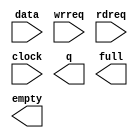
// megafunction wizard: %FIFO%VBB%
// GENERATION: STANDARD
// VERSION: WM1.0
// MODULE: scfifo 

// ============================================================
// Megafunction Name(s):
// 			scfifo
// ============================================================
// ************************************************************
// THIS IS A WIZARD-GENERATED FILE. DO NOT EDIT THIS FILE!
//
// 4.2 Build 178 01/19/2005 SP 1 SJ Web Edition
// ************************************************************

//Copyright (C) 1991-2005 Altera Corporation
//Any  megafunction  design,  and related netlist (encrypted  or  decrypted),
//support information,  device programming or simulation file,  and any other
//associated  documentation or information  provided by  Altera  or a partner
//under  Altera's   Megafunction   Partnership   Program  may  be  used  only
//to program  PLD  devices (but not masked  PLD  devices) from  Altera.   Any
//other  use  of such  megafunction  design,  netlist,  support  information,
//device programming or simulation file,  or any other  related documentation
//or information  is prohibited  for  any  other purpose,  including, but not
//limited to  modification,  reverse engineering,  de-compiling, or use  with
//any other  silicon devices,  unless such use is  explicitly  licensed under
//a separate agreement with  Altera  or a megafunction partner.  Title to the
//intellectual property,  including patents,  copyrights,  trademarks,  trade
//secrets,  or maskworks,  embodied in any such megafunction design, netlist,
//support  information,  device programming or simulation file,  or any other
//related documentation or information provided by  Altera  or a megafunction
//partner, remains with Altera, the megafunction partner, or their respective
//licensors. No other licenses, including any licenses needed under any third
//party's intellectual property, are provided herein.

module fifo512_cyclone (
	data,
	wrreq,
	rdreq,
	clock,
	q,
	full,
	empty);

	input	[7:0]  data;
	input	  wrreq;
	input	  rdreq;
	input	  clock;
	output	[7:0]  q;
	output	  full;
	output	  empty;

endmodule

// ============================================================
// CNX file retrieval info
// ============================================================
// Retrieval info: PRIVATE: Width NUMERIC "8"
// Retrieval info: PRIVATE: Depth NUMERIC "512"
// Retrieval info: PRIVATE: Clock NUMERIC "0"
// Retrieval info: PRIVATE: CLOCKS_ARE_SYNCHRONIZED NUMERIC "0"
// Retrieval info: PRIVATE: Full NUMERIC "1"
// Retrieval info: PRIVATE: Empty NUMERIC "1"
// Retrieval info: PRIVATE: UsedW NUMERIC "0"
// Retrieval info: PRIVATE: AlmostFull NUMERIC "0"
// Retrieval info: PRIVATE: AlmostEmpty NUMERIC "0"
// Retrieval info: PRIVATE: AlmostFullThr NUMERIC "-1"
// Retrieval info: PRIVATE: AlmostEmptyThr NUMERIC "-1"
// Retrieval info: PRIVATE: sc_aclr NUMERIC "0"
// Retrieval info: PRIVATE: sc_sclr NUMERIC "0"
// Retrieval info: PRIVATE: rsFull NUMERIC "0"
// Retrieval info: PRIVATE: rsEmpty NUMERIC "1"
// Retrieval info: PRIVATE: rsUsedW NUMERIC "0"
// Retrieval info: PRIVATE: wsFull NUMERIC "1"
// Retrieval info: PRIVATE: wsEmpty NUMERIC "0"
// Retrieval info: PRIVATE: wsUsedW NUMERIC "0"
// Retrieval info: PRIVATE: dc_aclr NUMERIC "0"
// Retrieval info: PRIVATE: LegacyRREQ NUMERIC "1"
// Retrieval info: PRIVATE: RAM_BLOCK_TYPE NUMERIC "0"
// Retrieval info: PRIVATE: MAX_DEPTH_BY_9 NUMERIC "0"
// Retrieval info: PRIVATE: LE_BasedFIFO NUMERIC "0"
// Retrieval info: PRIVATE: Optimize NUMERIC "2"
// Retrieval info: PRIVATE: OVERFLOW_CHECKING NUMERIC "0"
// Retrieval info: PRIVATE: UNDERFLOW_CHECKING NUMERIC "0"
// Retrieval info: PRIVATE: INTENDED_DEVICE_FAMILY STRING "Stratix II"
// Retrieval info: CONSTANT: LPM_WIDTH NUMERIC "8"
// Retrieval info: CONSTANT: LPM_NUMWORDS NUMERIC "512"
// Retrieval info: CONSTANT: LPM_WIDTHU NUMERIC "9"
// Retrieval info: CONSTANT: INTENDED_DEVICE_FAMILY STRING "Stratix II"
// Retrieval info: CONSTANT: LPM_TYPE STRING "scfifo"
// Retrieval info: CONSTANT: LPM_SHOWAHEAD STRING "OFF"
// Retrieval info: CONSTANT: OVERFLOW_CHECKING STRING "ON"
// Retrieval info: CONSTANT: UNDERFLOW_CHECKING STRING "ON"
// Retrieval info: CONSTANT: USE_EAB STRING "ON"
// Retrieval info: CONSTANT: ADD_RAM_OUTPUT_REGISTER STRING "OFF"
// Retrieval info: USED_PORT: data 0 0 8 0 INPUT NODEFVAL data[7..0]
// Retrieval info: USED_PORT: q 0 0 8 0 OUTPUT NODEFVAL q[7..0]
// Retrieval info: USED_PORT: wrreq 0 0 0 0 INPUT NODEFVAL wrreq
// Retrieval info: USED_PORT: rdreq 0 0 0 0 INPUT NODEFVAL rdreq
// Retrieval info: USED_PORT: clock 0 0 0 0 INPUT NODEFVAL clock
// Retrieval info: USED_PORT: full 0 0 0 0 OUTPUT NODEFVAL full
// Retrieval info: USED_PORT: empty 0 0 0 0 OUTPUT NODEFVAL empty
// Retrieval info: CONNECT: @data 0 0 8 0 data 0 0 8 0
// Retrieval info: CONNECT: q 0 0 8 0 @q 0 0 8 0
// Retrieval info: CONNECT: @wrreq 0 0 0 0 wrreq 0 0 0 0
// Retrieval info: CONNECT: @rdreq 0 0 0 0 rdreq 0 0 0 0
// Retrieval info: CONNECT: @clock 0 0 0 0 clock 0 0 0 0
// Retrieval info: CONNECT: full 0 0 0 0 @full 0 0 0 0
// Retrieval info: CONNECT: empty 0 0 0 0 @empty 0 0 0 0
// Retrieval info: LIBRARY: altera_mf altera_mf.altera_mf_components.all
// Retrieval info: GEN_FILE: TYPE_NORMAL fifo512_cyclone.v TRUE
// Retrieval info: GEN_FILE: TYPE_NORMAL fifo512_cyclone.inc FALSE
// Retrieval info: GEN_FILE: TYPE_NORMAL fifo512_cyclone.cmp FALSE
// Retrieval info: GEN_FILE: TYPE_NORMAL fifo512_cyclone.bsf FALSE
// Retrieval info: GEN_FILE: TYPE_NORMAL fifo512_cyclone_inst.v FALSE
// Retrieval info: GEN_FILE: TYPE_NORMAL fifo512_cyclone_bb.v TRUE
// Retrieval info: GEN_FILE: TYPE_NORMAL fifo512_cyclone_waveforms.html TRUE
// Retrieval info: GEN_FILE: TYPE_NORMAL fifo512_cyclone_wave*.jpg FALSE